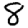
Digit: 8